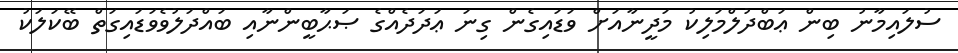
ސުލައިމާނު ބިން ޢަބްދުލްމަލިކު މަދީނާއަށް ވަޑައިގެން ގިނަ ޢަދަދެއްގެ ޞަޙާބީންނާއި ބައްދަލުވެވަޑައިގަތް ބޭކަލަކު